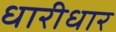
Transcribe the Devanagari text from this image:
धारीधार